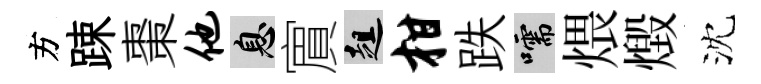
方踈棗他息賔趄柑跌嚅煨燬沈